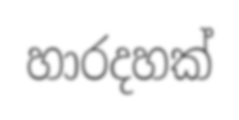
හාරදහක්